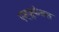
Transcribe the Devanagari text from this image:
एड्जुकेश्नल